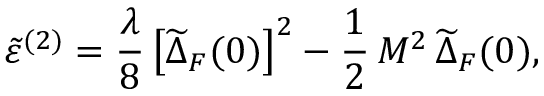
\tilde { \varepsilon } ^ { ( 2 ) } = \frac { \lambda } { 8 } \left[ \widetilde { \Delta } _ { F } ( 0 ) \right] ^ { 2 } - \frac { 1 } { 2 } \, M ^ { 2 } \, \widetilde { \Delta } _ { F } ( 0 ) ,